Leaving Certificate Examination (including Day School Certificate (Higher) General paper), 1936
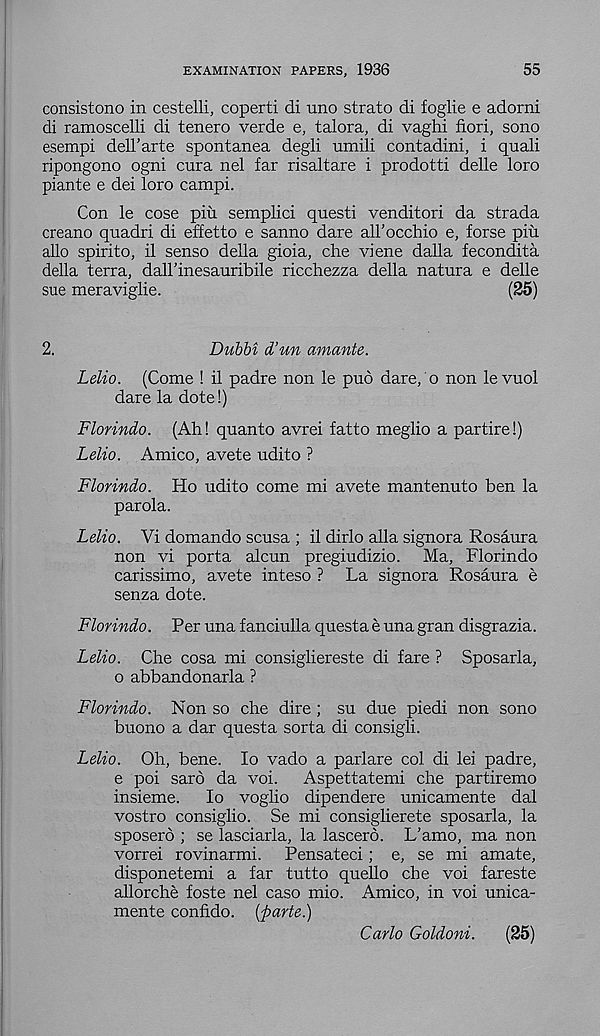
EXAMINATION PAPERS, 1936
55
consistono in cestelli, coperti di uno strato di foglie e adorni
di ramoscelli di tenero verde e, talora, di vaghi fiori, sono
esempi dell’arte spontanea degli umili contadini, i quad
ripongono ogni cura nel far risaltare i prodotti delle loro
piante e dei loro campi.
Con le cose pin semplici quest! venditori da strada
creano quadri di effetto e sanno dare aH’occhio e, forse piu
alio spirito, il senso della gioia, che viene dalla fecondita
della terra, dall’inesauribile ricchezza della natura e delle
sue meraviglie.
(25)
2.
Dubbi d’un amante.
Lelio. (Come ! il padre non le pud dare, o non le vuol
dare la dote!)
Florindo. (Ah! quanto avrei fatto meglio a partire!)
Lelio. Amico, avete udito ?
Florindo. Ho udito come mi avete mantenuto ben la
parola.
Lelio. Vi domando scusa ; il dirlo alia signora Rosaura
non vi porta alcun pregiudizio. Ma, Florindo
carissimo, avete inteso ? La signora Rosaura e
senza dote.
Florindo. Per una fanciulla questa e una gran disgrazia.
Lelio. Che cosa mi consigliereste di fare ? Sposarla,
o abbandonarla ?
Florindo. Non so che dire ; su due piedi non sono
buono a dar questa sorta di consigli.
Lelio. Oh, bene. lo vado a parlare col di lei padre,
e poi sard da voi.
Aspettatemi che partiremo
insieme.
lo voglio dipendere unicamente dal
vostro consiglio. Se mi consiglierete sposarla, la
sposerd ; se lasciarla, la lascerd. L’amo, ma non
vorrei rovinarmi. Pensateci; e, se mi amate,
disponetemi a far tutto quello che voi fareste
allorche foste nel caso mio. Amico, in voi unica-
mente conhdo. {parte.)
Carlo Goldoni.
(25)